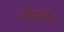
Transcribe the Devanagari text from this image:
वीस्टीन